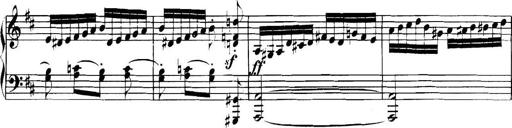
Title: Collected Piano Sonatas
Composer: Muzio Clementi